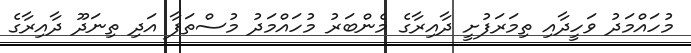
މުހައްމަދު ވަހީދާއި ތިމަރަފުށީ ދާއިރާގެ މެންބަރު މުހައްމަދު މުސްތަފާ އަދި ތިނަދޫ ދާއިރާގެ